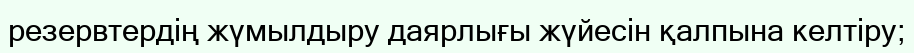
резервтердің жүмылдыру даярлығы жүйесін қалпына келтіру;